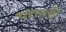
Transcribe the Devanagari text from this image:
थरातही